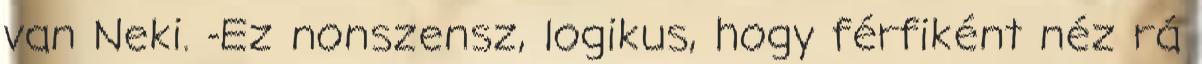
van Neki. -Ez nonszensz, logikus, hogy férfiként néz rá